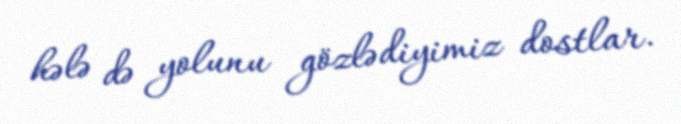
hələ də yolunu gözlədiyimiz dostlar.